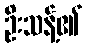
ဦးသန့်၏